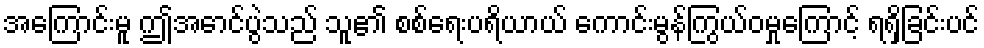
အကြောင်းမူ ဤအောင်ပွဲသည် သူ၏ စစ်ရေးပရိယာယ် ကောင်းမွန်ကြွယ်ဝမှုကြောင့် ရရှိခြင်းပင်